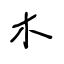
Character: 木